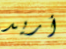
أريد